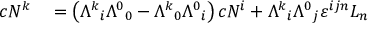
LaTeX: \begin{array} { r l } { c N ^ { k } } & { { } = \left( { \Lambda ^ { k } } _ { i } { \Lambda ^ { 0 } } _ { 0 } - { \Lambda ^ { k } } _ { 0 } { \Lambda ^ { 0 } } _ { i } \right) c N ^ { i } + { \Lambda ^ { k } } _ { i } { \Lambda ^ { 0 } } _ { j } \varepsilon ^ { i j n } L _ { n } } \end{array}